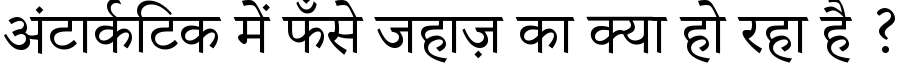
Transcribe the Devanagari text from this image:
अंटार्कटिक में फँसे जहाज़ का क्या हो रहा है ?